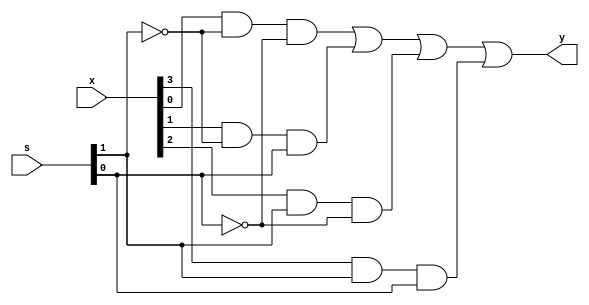
module four_to_one_multiplexer(y,x,s);
input [1:0] s;
input [3:0] x;
output y;
assign y=(x[0]&~s[1]&~s[0])|(x[1]&~s[1]&s[0])|(x[2]&s[1]&~s[0])|(x[3]&s[1]&s[0]);
endmodule
`timescale 1ns/1ps
module multi_tb;
reg [3:0] x;
reg [1:0] s;
wire y;
initial begin
x=4'b0000; s=2'b00;
#100;
x=4'b1111; s=2'b00;
#100;
x=4'b0000; s=2'b01;
#100;
x=4'b1111; s=2'b01;
#100;
x=4'b0000; s=2'b10;
#100;
x=4'b1111; s=2'b10;
#100;
x=4'b0000; s=2'b11;
#100;
x=4'b1111; s=2'b11;
#100;
end
four_to_one_multiplexer UUT(.s(s),.x(x),.y(y));
endmodule
//module multi_tb(sw,led);
//input [5:0] sw;
//output [0:0] led;
//four_to_one_multiplexer UUT(.s(sw[5:4]),.x(sw[3:0]),.y(led));
//endmodule